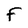
Character: F